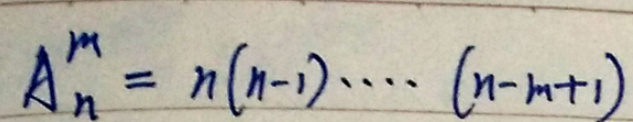
\[A_{n}^{m}=n(n - 1)\cdots(n - m + 1)\]